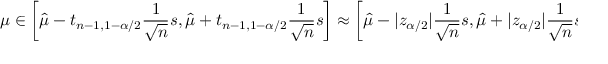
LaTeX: \mu \in \left[ { \hat { \mu } } - t _ { n - 1 , 1 - \alpha / 2 } { \frac { 1 } { \sqrt { n } } } s , { \hat { \mu } } + t _ { n - 1 , 1 - \alpha / 2 } { \frac { 1 } { \sqrt { n } } } s \right] \approx \left[ { \hat { \mu } } - | z _ { \alpha / 2 } | { \frac { 1 } { \sqrt { n } } } s , { \hat { \mu } } + | z _ { \alpha / 2 } | { \frac { 1 } { \sqrt { n } } } s \right] ,